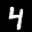
Label: 4